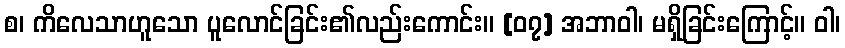
စ၊ ကိလေသာဟူသော ပူလောင်ခြင်း၏လည်းကောင်း။ [၀၇] အဘာဝါ၊ မရှိခြင်းကြောင့်။ ဝါ၊